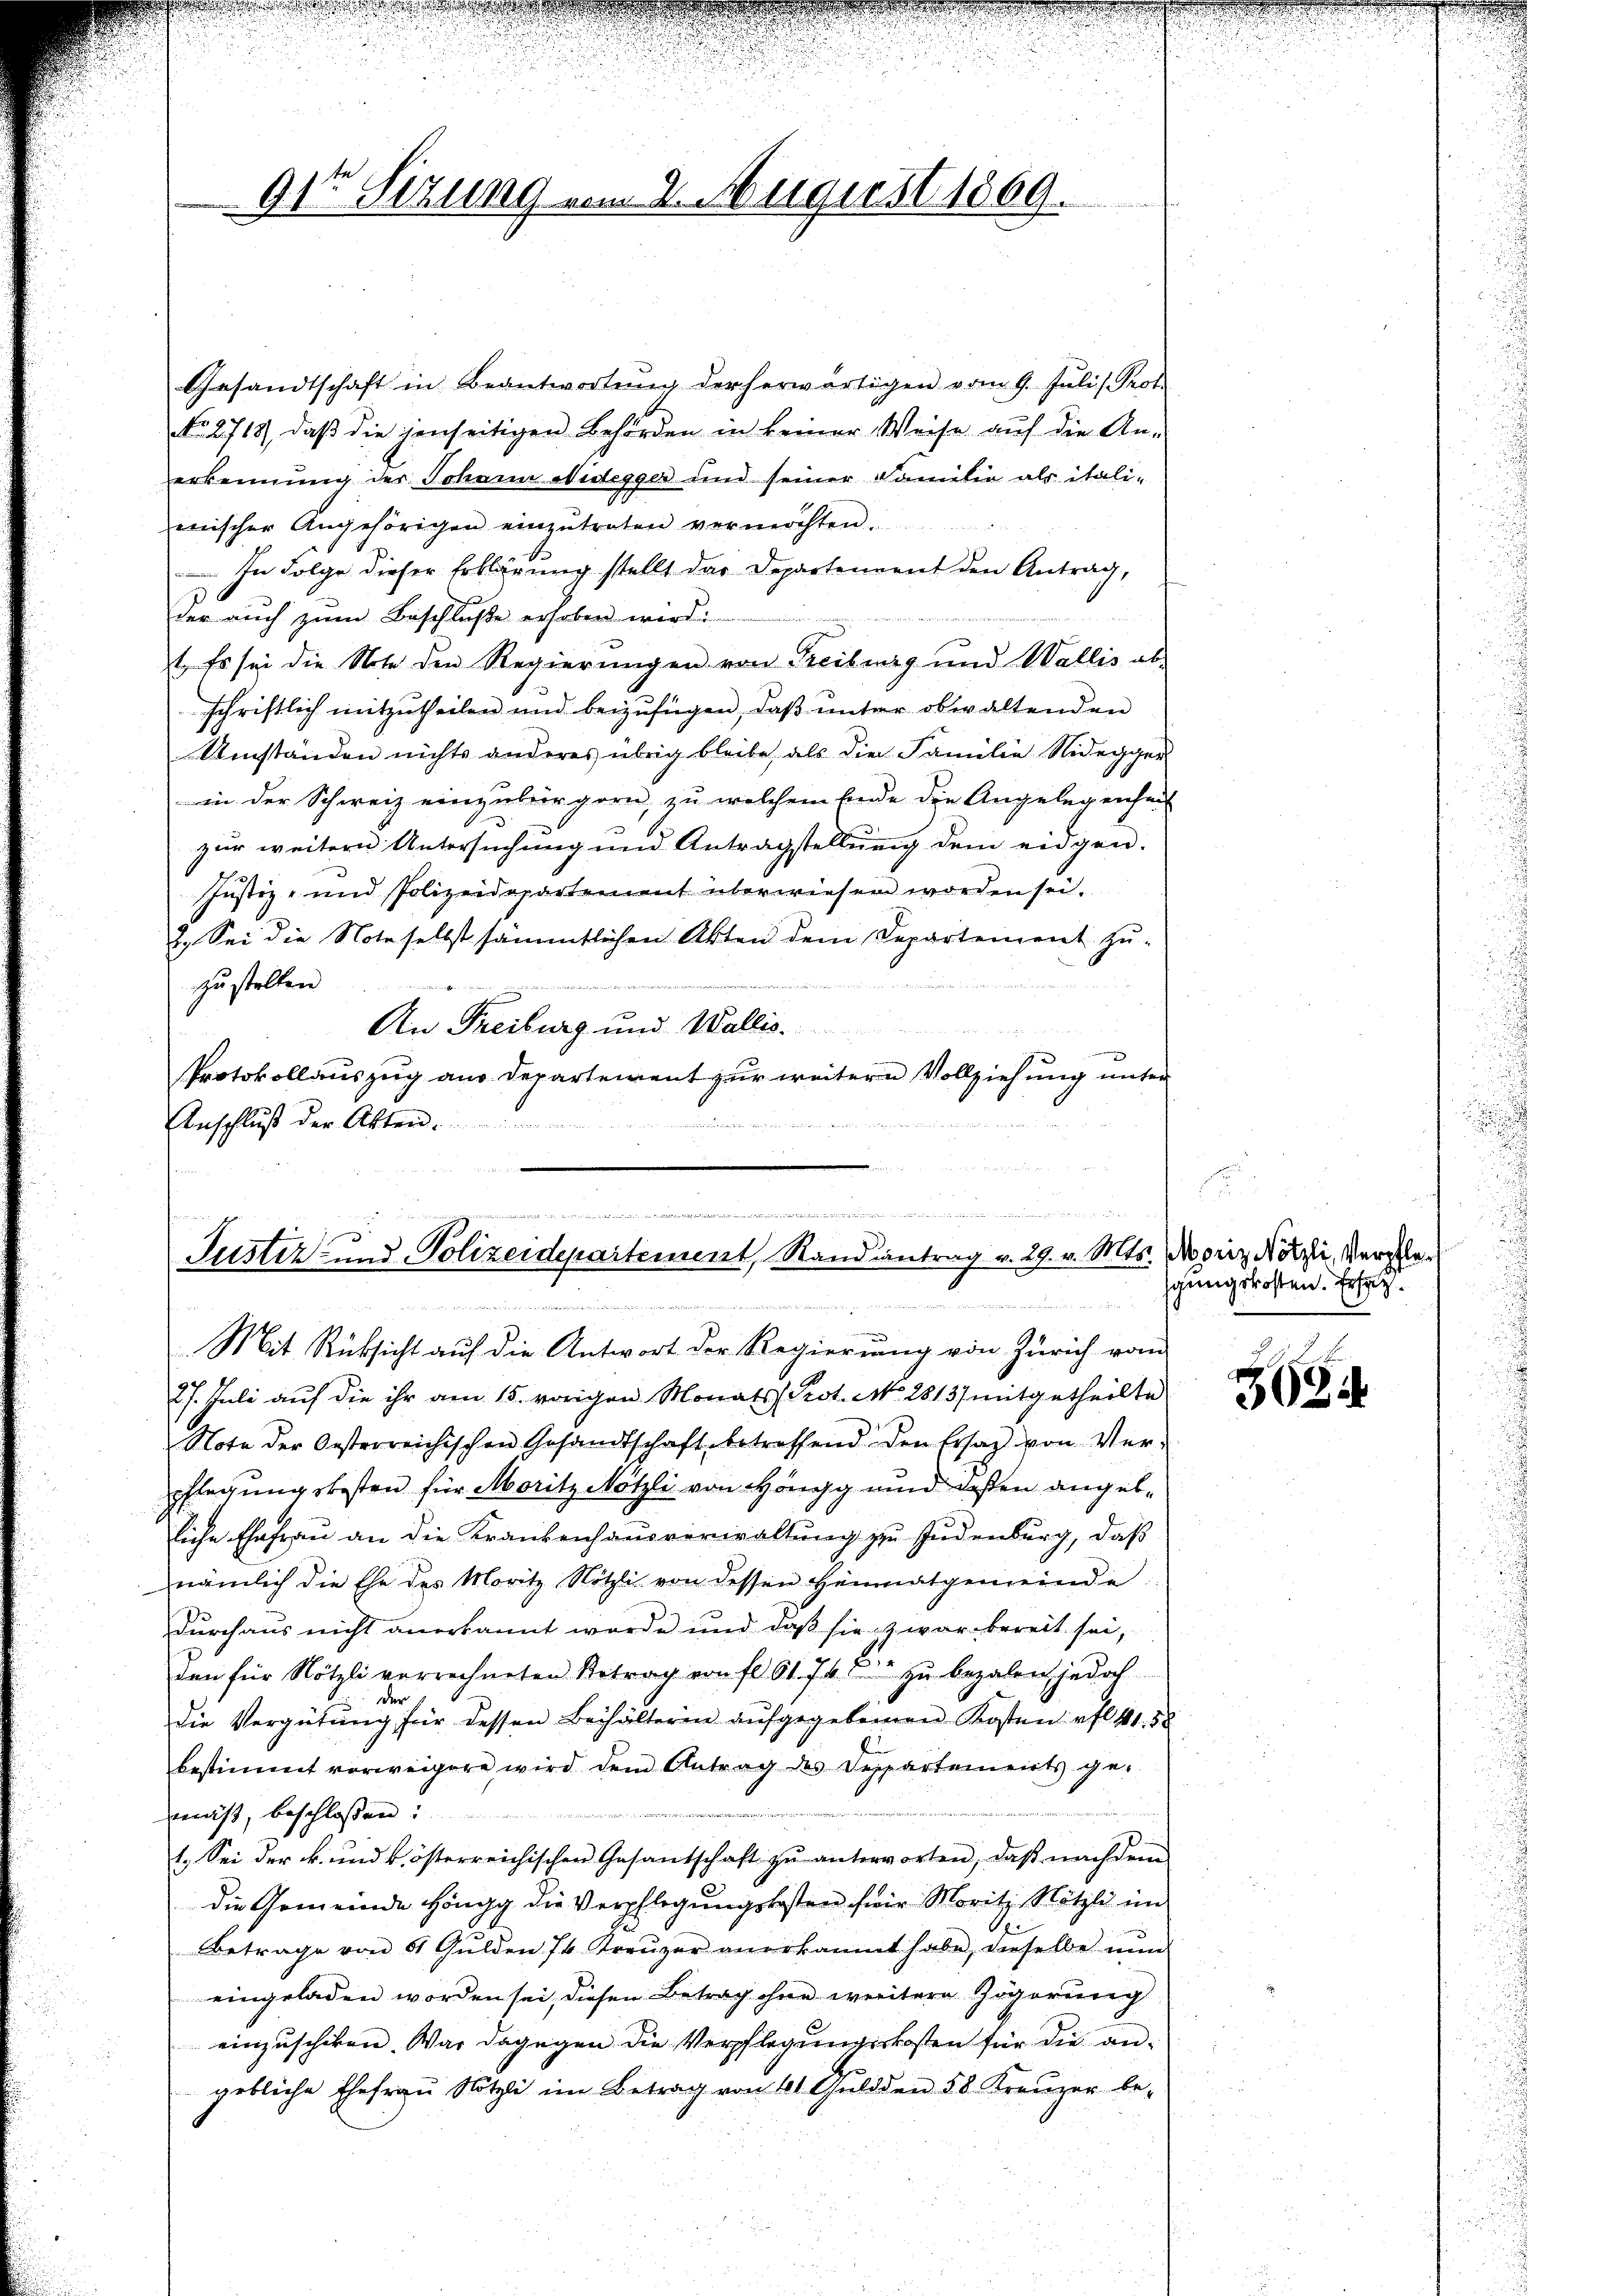
91 Sizung vom 2. August 1809.

Gesandtschaft in Beantwortŭng der herwärtigen vom 9. Juli Prof.
NNo. 2718), daß die jenseitigen Behörden in keiner Weise auf die Anerkennung der Johann Nidegger und seiner Familie als itali-
enischer Angehörigen einzŭtreten vermöchten.
In Folge dieser Erklärung stellt das Departennent den Antrag,
der auch zum Beschluße erhoben wird.
t. Es sei die Note den Regierungen von Freiburg und Wallis ab-
schriftlich mitzŭtheilen und beizufügen, daβ ŭnter obwaltenden
Umständen nichts anderes übrig bleibe, als die Familie Nidegger
in der Schweiz einzubürgern, zu welchem Ende die Angelegenheit
zur weitern Untersuchung und Antragstellung dem eidgen.
Justiz- und Polizeidepartement überwiesen worden sei.
2. Sei die Note selbst sämmtlichen Akten dem Separtement zu-
zu stellen.
An Freiburg und Wallis.
s
x
Protokollauszug aus Departement zur weitern Vollziehung unter
Anschluß der Akten.

wache gedruck für den in wie er als ander in der Kirchener 1212 ersuch rei
¬
Justiz- und Polizeidepartement, Standiantrag v. 29. v. Mts.

.
 12
Mit Rüksicht auf die Antwort der Regierung von Zürich vom

27. Juli auf die ihr am 15. vorigen Monats Prot. N. 28137 mitgetheilte
Note der Oesterreichischen Gesandtschaft betreffend den Ersatz von Ver-
pflegungskosten für Moritz Nötzli von Höngg und dessen angebliche Ehefrau an die Krankenhausverwaltung zu Judenburg, daß
nämlich die Ehe des Moritz Nötzli von dessen Heimatgemeinde
durchaus nicht anerkannt werde und daß sie zwar bereit sei,
den für Nötzli vorrechneten Betrag von fl. 61. 748 zu bezalen, jedoch
der
die Vergütŭng für dessen Behälteren aŭfgegebenen Kosten fl 41. 58
bestimmt vorweigere wird dem Antrag des Departements ge-
mäß, beschloßen:
1. Sei der k. und kösterreichischen Gesantschaft zŭ anterworten, daβ nachdem
die Gemeinde Höngg die Verpflegungskosten für Moritz Nötzli im
Betrage von 5 Gulden 7 Kreuzer anerkannt habe, dieselbe nun
eingeladen worden sei, diesen Betrag ohne weitere Zögerung
einzuschiken. War dagegen die Verpflegungskosten für die angebliche Ehefraŭ Nötzli im Betrag von 41 Gŭldden 58 Kreuzer be-

Moriz Nötzli, Verpflegungskosten. Ersatz.
.

3694